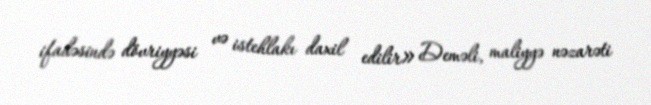
ifadəsində dövriyyəsi və istehlakı daxil edilir» Deməli, maliyyə nəzarəti